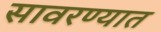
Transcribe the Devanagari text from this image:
सावरण्यात